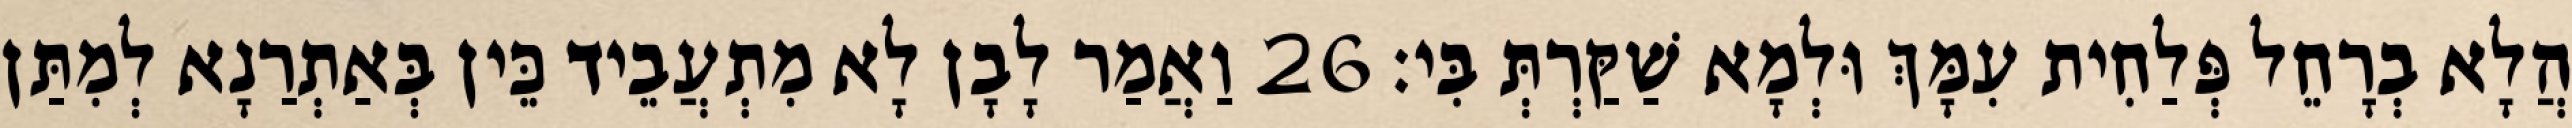
הֲלָא בְרָחֵל פְּלַחִית עִמָּךְ וּלְמָא שַׁקַּרְתְּ בִּי׃ 26 וַאֲמַר לָבָן לָא מִתְעֲבֵיד כֵּין בְּאַתְרַנָא לְמִתַּן